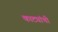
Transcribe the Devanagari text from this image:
काट्यांची